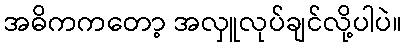
အဓိကကတော့ အလှူလုပ်ချင်လို့ပါပဲ။